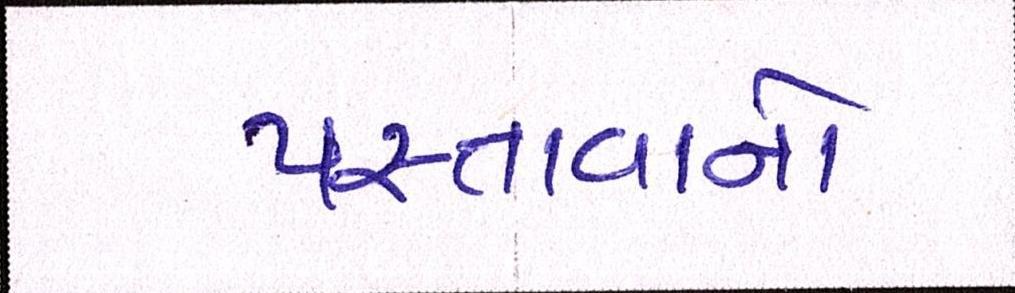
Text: પસ્તાવાનો